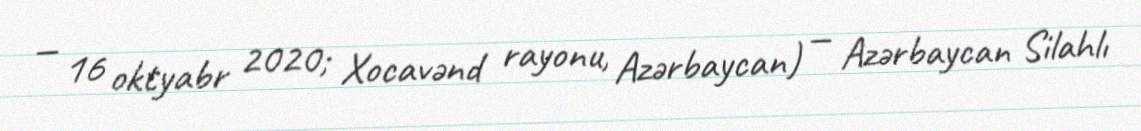
— 16 oktyabr 2020; Xocavənd rayonu, Azərbaycan) — Azərbaycan Silahlı